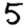
Digit: 5